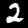
Label: 2